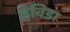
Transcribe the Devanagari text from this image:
डेविडा